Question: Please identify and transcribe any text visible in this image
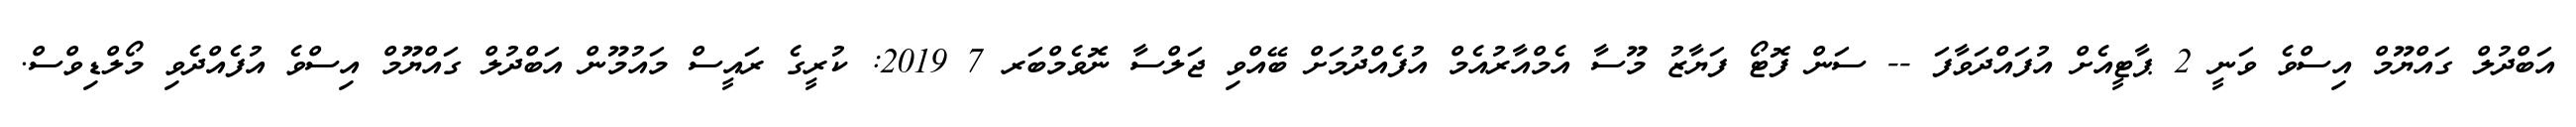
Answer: އަބްދުލް ގައްޔޫމް އިސްވެ ވަނީ 2 ޕާޓީއެށް އުފައްދަވާފަ -- ސަން ފޮޓޯ ފަޔާޒު މޫސާ އެމްއާރުއެމް އުފެއްދުމަށް ބޭއްވި ޖަލްސާ ނޮވެމްބަރ 7 2019: ކުރީގެ ރައީސް މައުމޫން އަބްދުލް ގައްޔޫމް އިސްވެ އުފެއްދެވި މޯލްޑިވްސް.